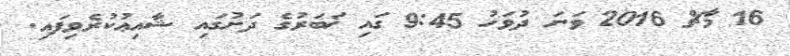
16 މާޗް 2016 ވަނަ ދުވަހު 9:45 ގައި ޚަބަރުގެ ދަށުގައި ޝާއިޢުކުރެވިފައި.